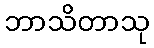
ဘာသိတာသု